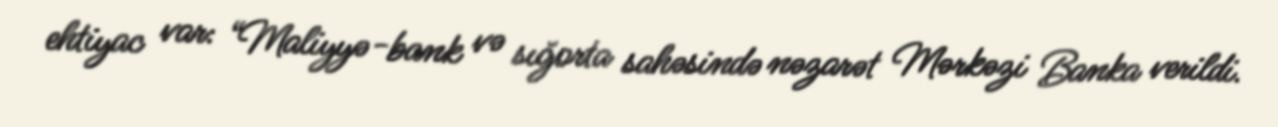
ehtiyac var: “Maliyyə-bank və sığorta sahəsində nəzarət Mərkəzi Banka verildi.